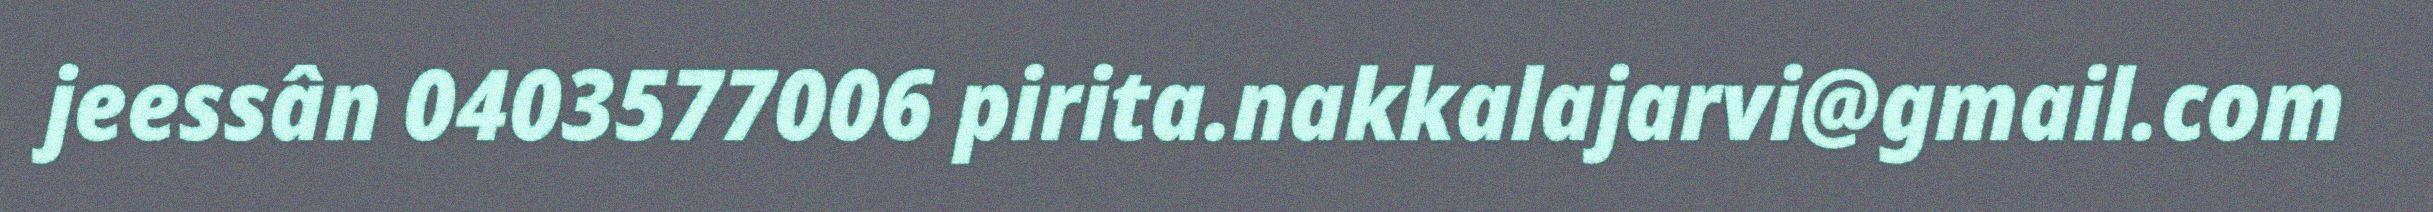
jeessân 0403577006 pirita.nakkalajarvi@gmail.com